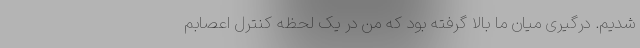
شدیم. درگیری میان ما بالا گرفته بود که من در یک لحظه کنترل اعصابم